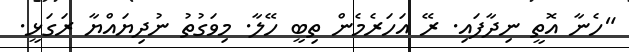
"ހެނާ އޮތީ ނިދާފައި. ރޭ އަހަރެމެން ތިބީ ހޭލާ. މިވަގުތު ނުދިޔައްޔާ ރަގަޅީ.